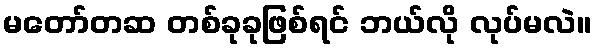
မတော်တဆ တစ်ခုခုဖြစ်ရင် ဘယ်လို လုပ်မလဲ။